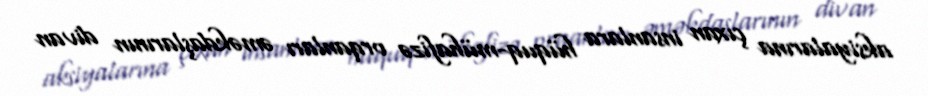
aksiyalarına çıxan insanlara hüquq-mühafizə orqanları əməkdaşlarının divan